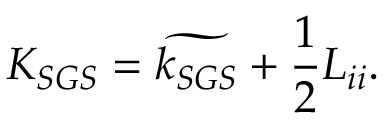
K _ { S G S } = \widetilde { k _ { S G S } } + \frac { 1 } { 2 } L _ { i i } .